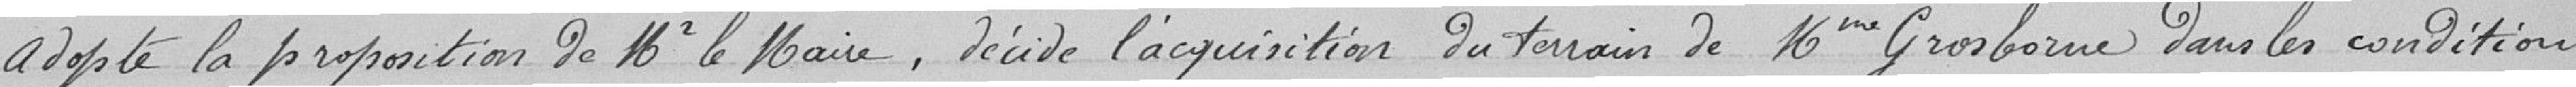
adopte la proposition de Mr le Maire, décide l'acquisition du terrain de Mme Groborne dans les conditions